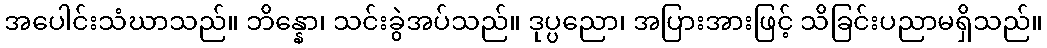
အပေါင်းသံဃာသည်။ ဘိန္နော၊ သင်းခွဲအပ်သည်။ ဒုပ္ပညော၊ အပြားအားဖြင့် သိခြင်းပညာမရှိသည်။